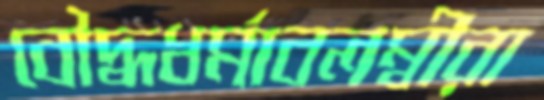
বৌদ্ধধর্মাবলম্বীরা